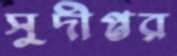
সুদীপ্তর